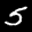
Label: 5